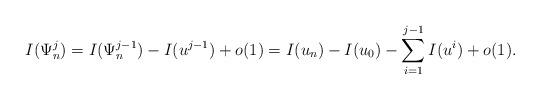
LaTeX: \begin{align*}I(\Psi_{n}^{j})=I(\Psi_{n}^{j-1})-I(u^{j-1})+o(1)=I(u_n)-I(u_0)-\displaystyle \sum_{i=1}^{j-1} I(u^{i})+o(1).\end{align*}